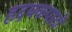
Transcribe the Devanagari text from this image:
हृदयकपाटों